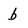
Character: b